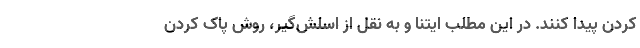
کردن پیدا کنند. در این مطلب ایتنا و به نقل از اسلش‌گیر، روش پاک کردن